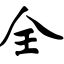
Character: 全